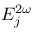
E _ { j } ^ { 2 \omega }